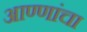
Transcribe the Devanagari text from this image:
आण्णांचा